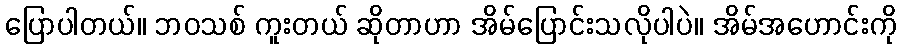
ပြောပါတယ်။ ဘဝသစ် ကူးတယ် ဆိုတာဟာ အိမ်ပြောင်းသလိုပါပဲ။ အိမ်အဟောင်းကို